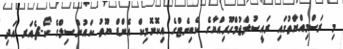
މި ރަސްމިއްޔާތުގައި ރައީސުލްޖުމްހޫރިއްޔާގެ ކެބިނެޓްގެ އިކޮނޮމިކް އެންޑް ޔޫތު ކައުންސިލްގެ ކޯ-ޗެއަރ އަދި